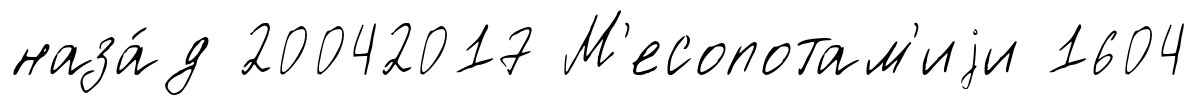
наза́д 20042017 М'есопотам'иjи 1604